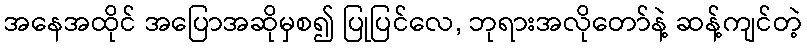
အနေအထိုင် အပြောအဆိုမှစ၍ ပြုပြင်လေ, ဘုရားအလိုတော်နဲ့ ဆန့်ကျင်တဲ့